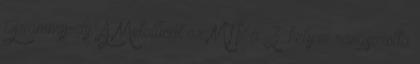
Grammy-díj: A Metallicát az MTV a 3. helyre rangsorolta